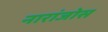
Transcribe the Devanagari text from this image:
नारांजोस